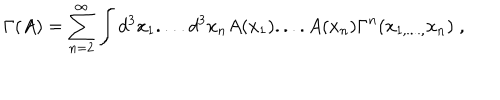
LaTeX: \Gamma ( A ) = \sum _ { n = 2 } ^ { \infty } \int d ^ { 3 } x _ { 1 } . . . . d ^ { 3 } x _ { n } A ( x _ { 1 } ) . . . . A ( x _ { n } ) \Gamma ^ { n } ( x _ { 1 , . . . . , } x _ { n } ) \; ,